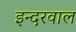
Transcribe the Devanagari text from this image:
इन्दरवाल